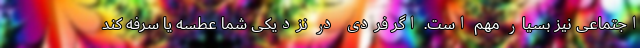
اجتماعی نیز بسیار مهم است. اگر فردی در نزدیکی شما عطسه یا سرفه کند